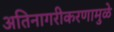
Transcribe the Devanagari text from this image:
अतिनागरीकरणामुळे